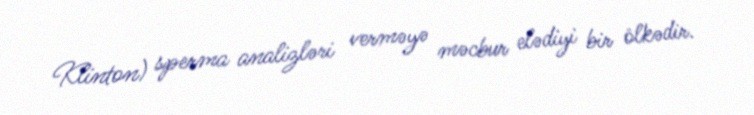
Klinton) sperma analizləri verməyə məcbur elədiyi bir ölkədir.